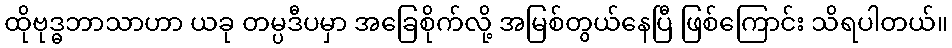
ထိုဗုဒ္ဓဘာသာဟာ ယခု တမ္ပဒီပမှာ အခြေစိုက်လို့ အမြစ်တွယ်နေပြီ ဖြစ်ကြောင်း သိရပါတယ်။